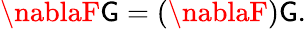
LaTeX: \nablaF\mathsf{G}=(\nablaF)\mathsf{G}.